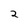
Character: 2